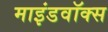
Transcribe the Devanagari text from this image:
माइंडवॉक्स